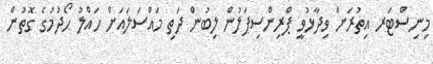
މިނިސްޓަރ އިތުރަށް ވިދާޅުވީ ޕްރިންސިޕަލުން ލިބުން ދަތި މައްސަލައަށް ހައްލު ހޯދުމުގެ ގޮތުން